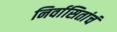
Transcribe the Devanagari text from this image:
निर्वासितांचं